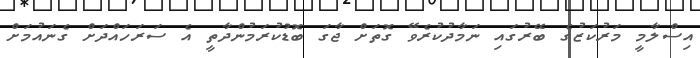
އިސްލާމީ މަރުކަޒުގެ ބޭރުގައި ނަމާދުކުރެވޭ ގޮތަށް ޖާގަ ބޮޑުކުރަމުންދާތީ އެ ސަރަހައްދަށް ގެނައުމަށް